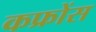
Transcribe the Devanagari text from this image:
कफ्रोंस